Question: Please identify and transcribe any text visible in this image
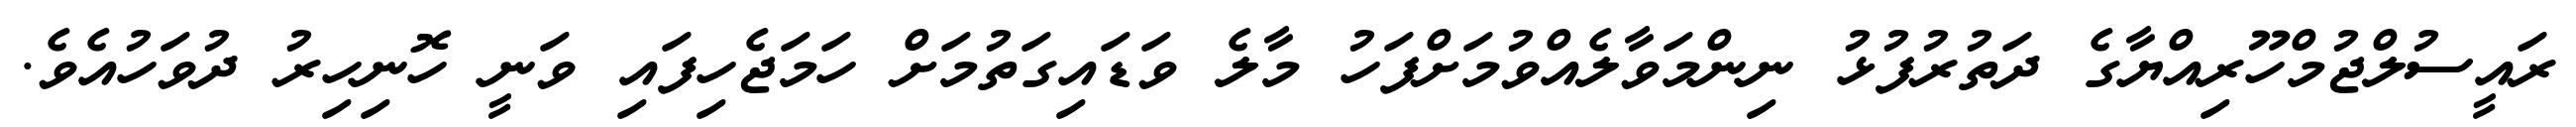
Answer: ރައީސުލްޖުމްހޫރިއްޔާގެ ދަތުރުފުޅު ނިންމަވާލެއްވުމަށްފަހު މާލެ ވަޑައިގަތުމަށް ހަމަޖެހިފައި ވަނީ ހޮނިހިރު ދުވަހުއެވެ.